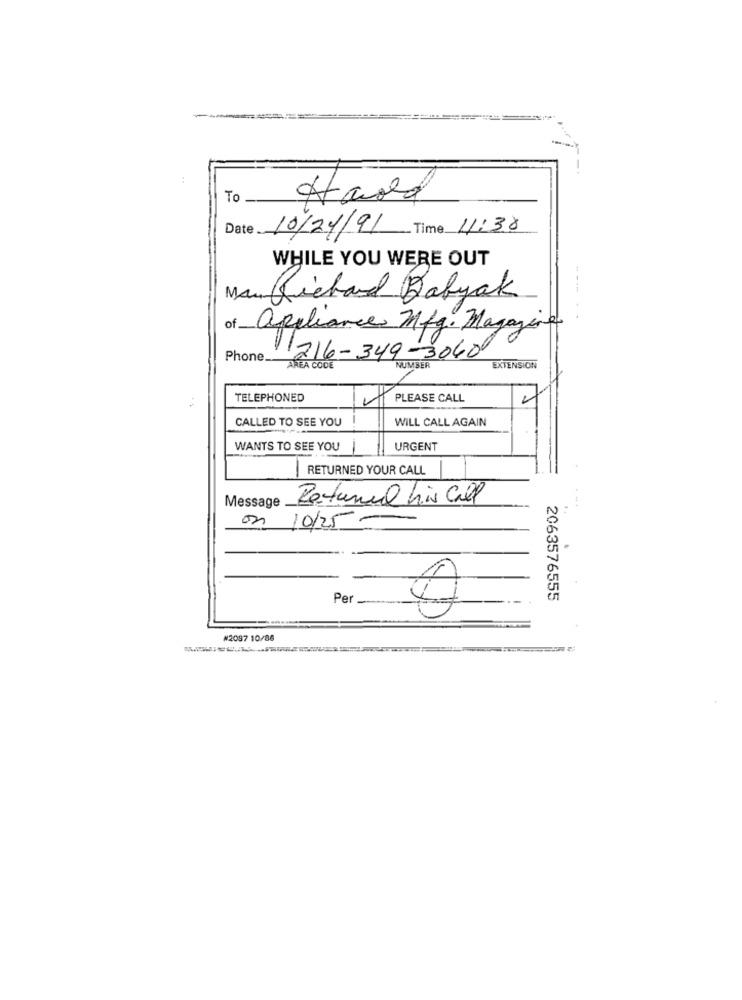
To
Aword
Date.
10/24/91 Time 11:38
WHILE YOU WERE OUT
Richard Babyak
. -
of
appliance Mfg. Magazine
Phone.
1216-349-3060
AREA CODE
EXTENSION
TELEPHONED
PLEASE CALL
CALLED TO SEE YOU
WILL CALL AGAIN
WANTS TO SEE YOU
URGENT
|RETURNED YOUR CALL
Message
Returel his Call
on 10/25-
Per _
2063576555
₦2097 10/88